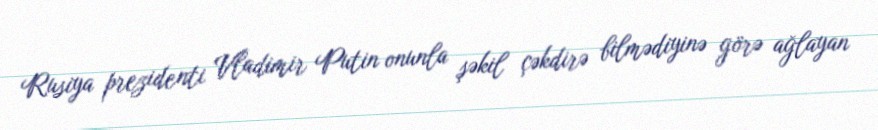
Rusiya prezidenti Vladimir Putin onunla şəkil çəkdirə bilmədiyinə görə ağlayan